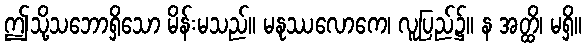
ဤသို့သဘောရှိသော မိန်းမသည်။ မနုဿလောကေ၊ လူပြည်၌။ န အတ္ထိ၊ မရှိ။